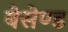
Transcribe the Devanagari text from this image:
बेसेण्ड